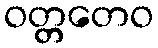
ဝတ္တတေဝ